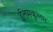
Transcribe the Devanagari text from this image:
ईलमकुलम